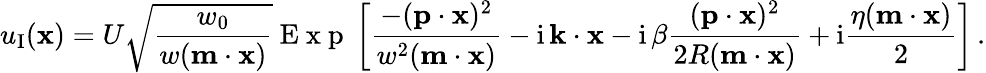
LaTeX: u_{\textup I}({\mathbf x})=U\sqrt{\frac{w_{0}}{w({\mathbf m}\cdot{\mathbf x})}}\mathrm{~E~x~p~}\left[\frac{-({\mathbf p}\cdot{\mathbf x})^{2}}{w^{2}({\mathbf m}\cdot{\mathbf x})}-\mathrm{i}\, {\mathbf k}\cdot{\mathbf x}-\mathrm{i}\, \beta\frac{({\mathbf p}\cdot{\mathbf x})^{2}}{2R({\mathbf m}\cdot{\mathbf x})}+\mathrm{i}\frac{\eta({\mathbf m}\cdot{\mathbf x})}{2}\right]\, .